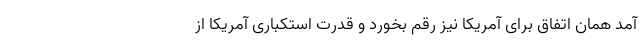
آمد همان اتفاق برای آمریکا نیز رقم بخورد و قدرت استکباری آمریکا از